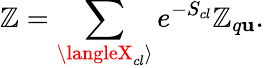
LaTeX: \mathbb{Z}=\sum_{\langleX_{cl}\rangle}e^{-S_{cl}}\mathbb{Z}_{q\mathbf{u}}.